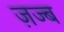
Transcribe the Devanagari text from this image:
ज़ज्ब